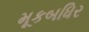
મૂકબધિર